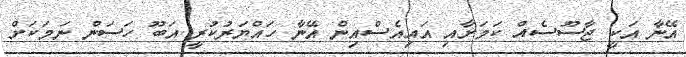
އޭނާ އަކީ ޖާސޫސެއް ކަމަށާއި އައިއެސްއިން އޭނާ ހައްޔަރުކުރީ އަބޫ ހަސަން ނަމަކަށް